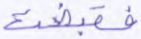
فقبضت